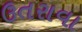
ઉતરાવા